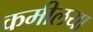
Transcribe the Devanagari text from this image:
कमीलया